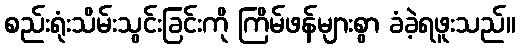
စည်းရုံးသိမ်းသွင်းခြင်းကို ကြိမ်ဖန်များစွာ ခံခဲ့ရဖူးသည်။